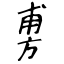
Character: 旉